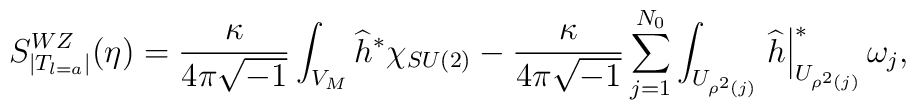
S_{|T_{l=a}|}^{WZ}(\eta )=\frac{\kappa }{4\pi \sqrt{-1}}\int_{V_{M}}\widehat{h}^{\ast }\chi _{SU(2)}-\frac{\kappa }{4\pi \sqrt{-1}}\sum_{j=1}^{N_{0}}\int_{U_{\rho ^{2}(j)}}\left. \widehat{h}\right| _{U_{\rho ^{2}(j)}}^{\ast}\omega _{j},